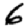
Digit: 6